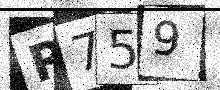
Text: R759